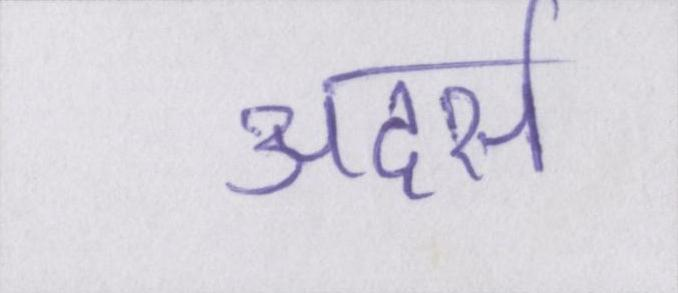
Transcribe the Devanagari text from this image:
अदर्स